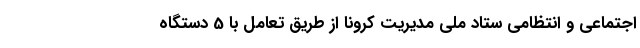
اجتماعی و انتظامی ستاد ملی مدیریت کرونا از طریق تعامل با 5 دستگاه